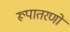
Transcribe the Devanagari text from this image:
रूपातरणों